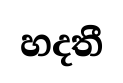
හදතී